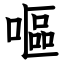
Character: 嘔